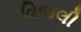
વિજલી